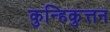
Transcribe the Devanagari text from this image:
कुन्हिकुत्तन